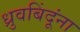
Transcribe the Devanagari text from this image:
ध्रुवबिंदूंना